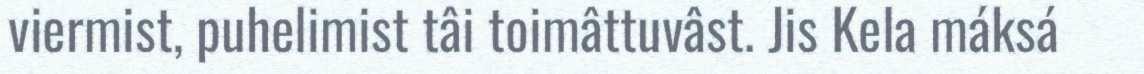
viermist, puhelimist tâi toimâttuvâst. Jis Kela máksá